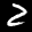
Label: 2